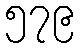
၅၇၉